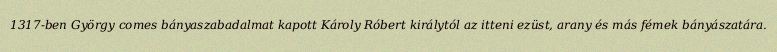
1317-ben György comes bányaszabadalmat kapott Károly Róbert királytól az itteni ezüst, arany és más fémek bányászatára.